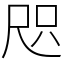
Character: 咫